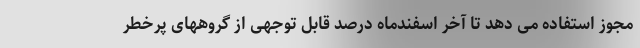
مجوز استفاده می دهد تا آخر اسفندماه درصد قابل توجهی از گروههای پرخطر